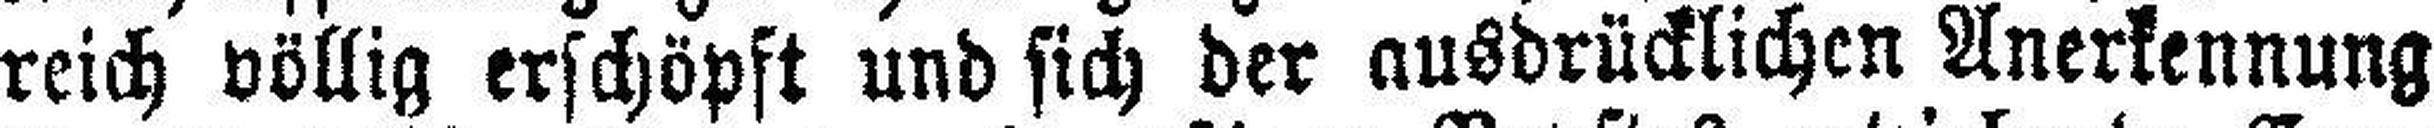
reich völlig erschöpft und sich der ausdrücklichen Anerkennung